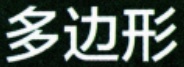
多边形